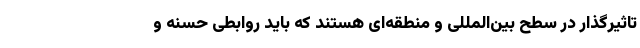
تاثیرگذار در سطح بین‌المللی و منطقه‌ای هستند که باید روابطی حسنه و